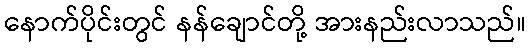
နောက်ပိုင်းတွင် နန်ချောင်တို့ အားနည်းလာသည်။